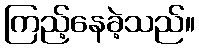
ကြည့်နေခဲ့သည်။